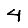
Digit: 4